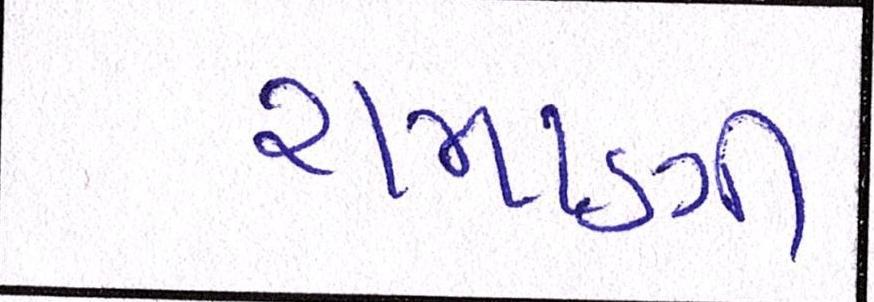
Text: રામાણી